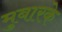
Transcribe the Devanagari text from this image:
मुबारके